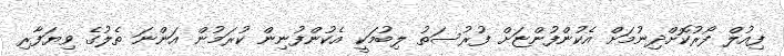
ފިއުލް ފޯރުކޮށްދިނުމަށް އެކުންފުންޏަށް ފުރުސަތު ލިބުމަކީ އެކުންފުނިން ކުރަމުން އަންނަ ތެލުގެ ވިޔަފާރި